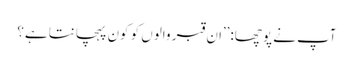
آپ نے پوچھا:’’ان قبر والوں کو کون پہچانتا ہے؟